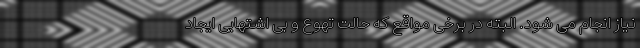
نیاز انجام می شود. البته در برخی مواقع که حالت تهوع و بی اشتهایی ایجاد